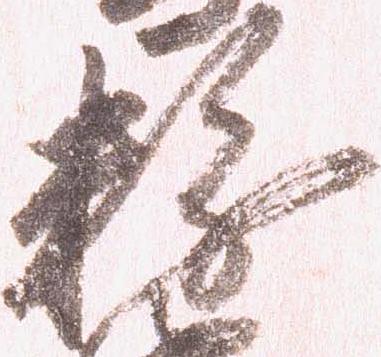
粉